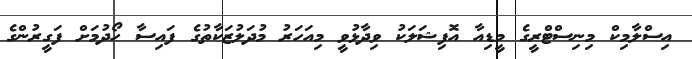
އިސްލާމިކް މިނިސްޓްރީގެ މީޑިއާ އޮފިޝަލަކު ވިދާޅުވީ މިއަހަރު މުދަލުޒަކާތުގެ ފައިސާ ހޯދުމަށް ފަގީރުންގެ